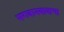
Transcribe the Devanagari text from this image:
भगवानबाबाचा